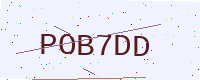
Text: POB7DD